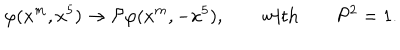
\varphi ( x ^ { m } , x ^ { 5 } ) \to { \cal P } \varphi ( x ^ { m } , - x ^ { 5 } ) , \qquad \mathrm { w i t h } \qquad { \cal P } ^ { 2 } = 1 .